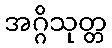
အဂ္ဂိသုတ္တ